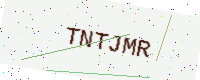
Text: TNTJMR